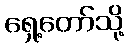
ရှေ့တော်သို့